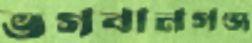
ভগবানগঞ্জ